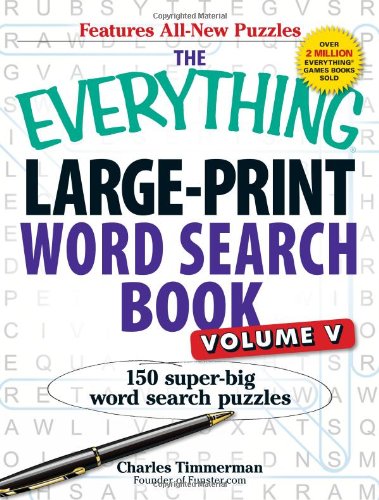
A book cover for The Everything Large-Print Word Search Book, Volume V: 150 Super-Big Word Search Puzzles; Charles Timmerman; Humor & Entertainment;